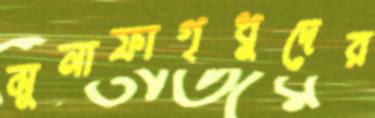
মুনাফাগৃধ্নুদের